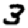
Digit: 3